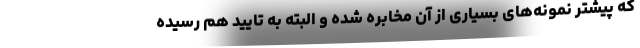
که پیشتر نمونه‌های بسیاری از آن مخابره شده و البته به تایید هم رسیده